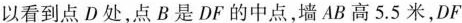
以看到点D处，点B是DF的中点，墙AB高5.5米，DF